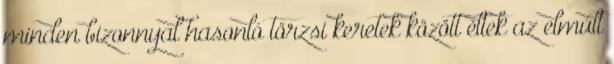
minden bizonnyal hasonló törzsi keretek között éltek az elmúlt